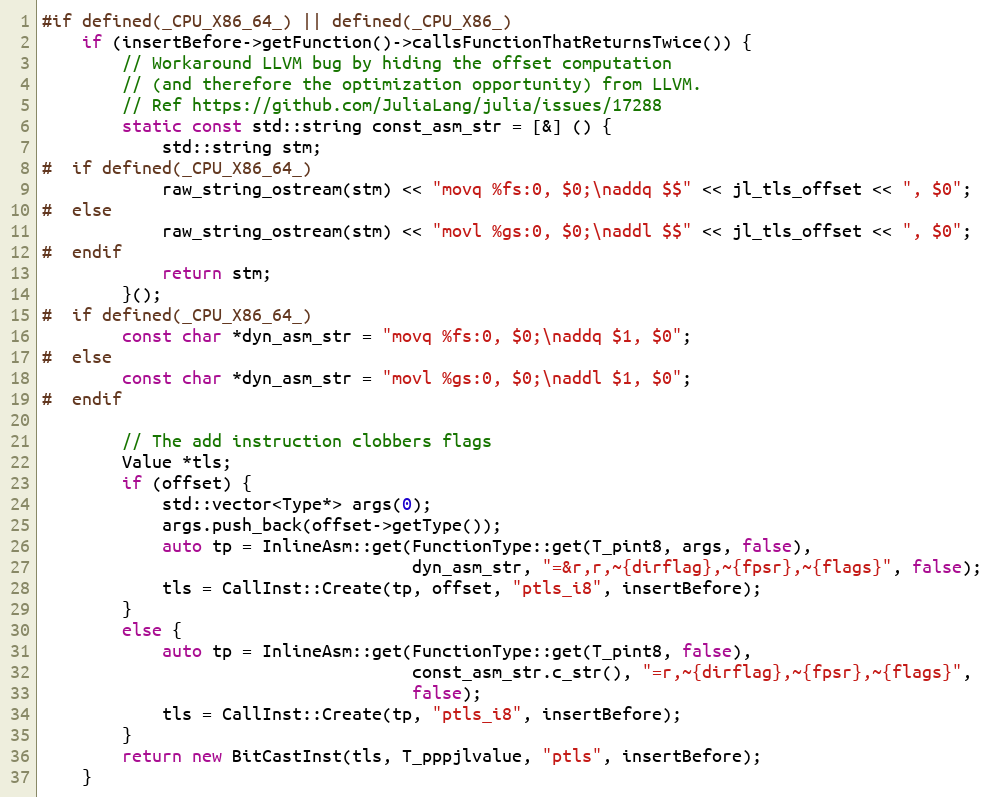
Language: C++
#if defined(_CPU_X86_64_) || defined(_CPU_X86_)
    if (insertBefore->getFunction()->callsFunctionThatReturnsTwice()) {
        // Workaround LLVM bug by hiding the offset computation
        // (and therefore the optimization opportunity) from LLVM.
        // Ref https://github.com/JuliaLang/julia/issues/17288
        static const std::string const_asm_str = [&] () {
            std::string stm;
#  if defined(_CPU_X86_64_)
            raw_string_ostream(stm) << "movq %fs:0, $0;\naddq $$" << jl_tls_offset << ", $0";
#  else
            raw_string_ostream(stm) << "movl %gs:0, $0;\naddl $$" << jl_tls_offset << ", $0";
#  endif
            return stm;
        }();
#  if defined(_CPU_X86_64_)
        const char *dyn_asm_str = "movq %fs:0, $0;\naddq $1, $0";
#  else
        const char *dyn_asm_str = "movl %gs:0, $0;\naddl $1, $0";
#  endif

        // The add instruction clobbers flags
        Value *tls;
        if (offset) {
            std::vector<Type*> args(0);
            args.push_back(offset->getType());
            auto tp = InlineAsm::get(FunctionType::get(T_pint8, args, false),
                                     dyn_asm_str, "=&r,r,~{dirflag},~{fpsr},~{flags}", false);
            tls = CallInst::Create(tp, offset, "ptls_i8", insertBefore);
        }
        else {
            auto tp = InlineAsm::get(FunctionType::get(T_pint8, false),
                                     const_asm_str.c_str(), "=r,~{dirflag},~{fpsr},~{flags}",
                                     false);
            tls = CallInst::Create(tp, "ptls_i8", insertBefore);
        }
        return new BitCastInst(tls, T_pppjlvalue, "ptls", insertBefore);
    }